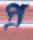
প্র